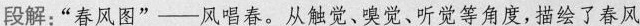
段解:“春风图”-风唱春。从触觉、噢觉、听觉等角度,描绘了春风